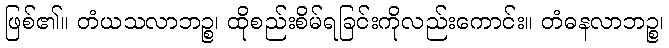
ဖြစ်၏။ တံယသလာဘဉ္စ၊ ထိုစည်းစိမ်ရခြင်းကိုလည်းကောင်း။ တံဓနလာဘဉ္စ၊